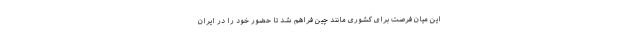
این میان فرصت برای کشوری مانند چین فراهم شد تا حضور خود را در ایران